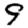
Digit: 9